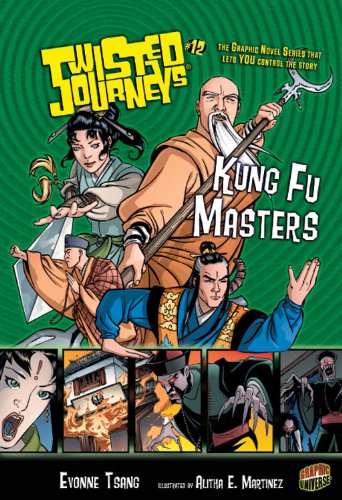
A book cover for #12 Kung Fu Masters (Journeys) (Twisted Journeys); Evonne Tsang; Children's Books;